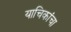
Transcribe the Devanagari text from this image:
याचिकांचा